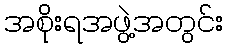
အစိုးရအဖွဲ့အတွင်း